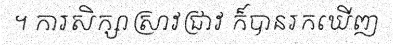
។ ការសិក្សាស្រាវជ្រាវ ក៏បានរកឃើញ